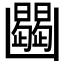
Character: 𠚠